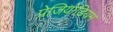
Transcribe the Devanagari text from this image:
प्रेजियोडियम